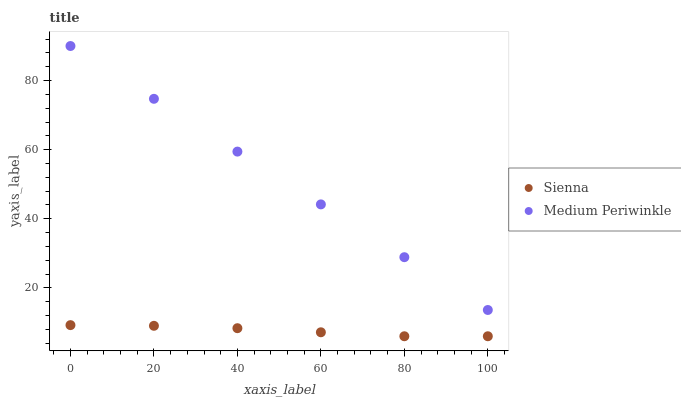
| xaxis_label | Sienna | Medium Periwinkle |
 | --- | --- | --- |
 | 0 | 9.22 | 90 |
 | 20 | 9.02 | 74.7 |
 | 40 | 8.33 | 59.4 |
 | 60 | 7.15 | 44.2 |
 | 80 | 6 | 28.9 |
 | 100 | 6 | 13.6 |